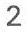
2